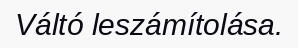
Váltó leszámítolása.